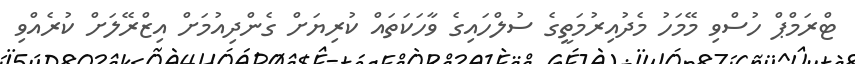
ޓްރަމްޕް ހުސްވި މޭމަހު މެދުއިރުމަތީގެ ސުލްހައިގެ ވާހަކަތައް ކުރިޔަށް ގެންދިއުމަށް އިޒްރޭލަށް ކުރެއްވި